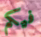
فيكم